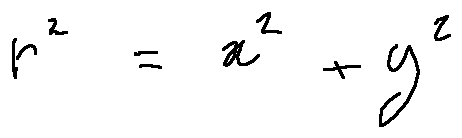
r ^ { 2 } = x ^ { 2 } + y ^ { 2 }